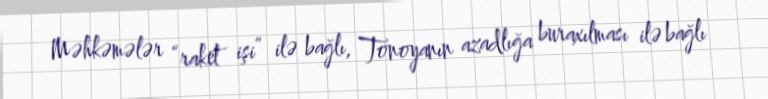
Məhkəmələr “raket işi” ilə bağlı, Tonoyanın azadlığa buraxılması ilə bağlı